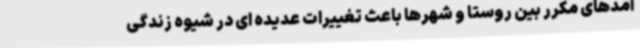
آمدهای مکرر بین روستا و شهرها باعث تغییرات عدیده ای در شیوه زندگی